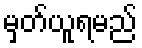
မှတ်ယူရမည်